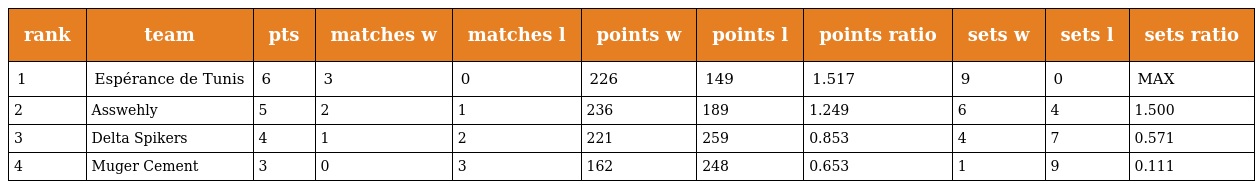
| rank | team | pts | matches w | matches l | points w | points l | points ratio | sets w | sets l | sets ratio |
 | --- | --- | --- | --- | --- | --- | --- | --- | --- | --- | --- |
 | 1 | Espérance de Tunis | 6 | 3 | 0 | 226 | 149 | 1.517 | 9 | 0 | MAX |
 | 2 | Asswehly | 5 | 2 | 1 | 236 | 189 | 1.249 | 6 | 4 | 1.500 |
 | 3 | Delta Spikers | 4 | 1 | 2 | 221 | 259 | 0.853 | 4 | 7 | 0.571 |
 | 4 | Muger Cement | 3 | 0 | 3 | 162 | 248 | 0.653 | 1 | 9 | 0.111 |